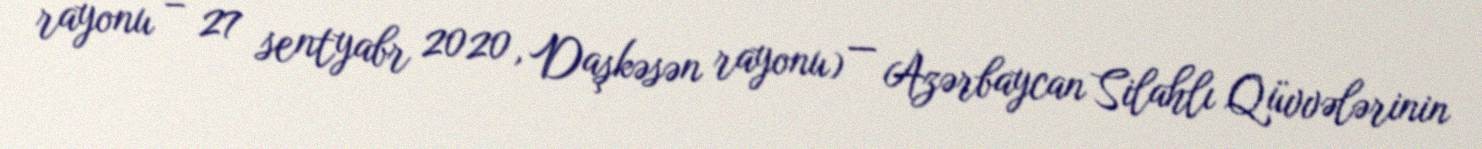
rayonu – 27 sentyabr 2020, Daşkəsən rayonu) — Azərbaycan Silahlı Qüvvələrinin